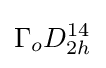
\Gamma _{o}D_{2h}^{14}